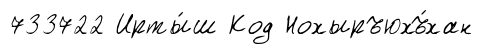
733722 Ирты́ш Код Нохыръюхъ́хан